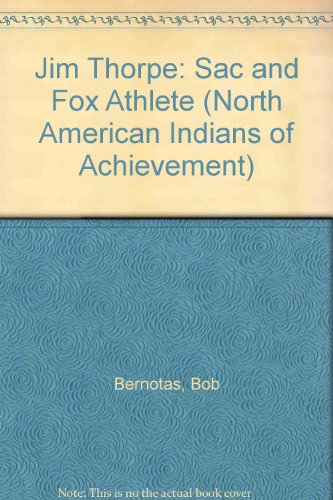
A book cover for Jim Thorpe: Sac and Fox Athlete (North American Indians of Achievement); Bob Bernotas; Teen & Young Adult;